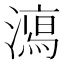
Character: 𣿱